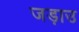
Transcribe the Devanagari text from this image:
जड़ाउ